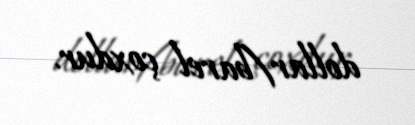
dollar/barel çoxdur.